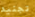
تجنيد